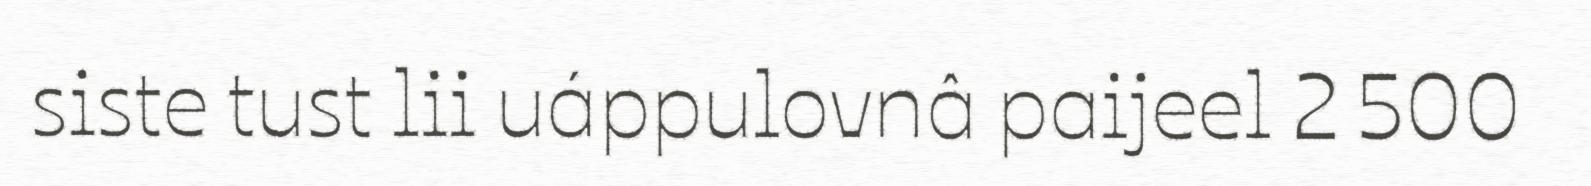
siste tust lii uáppulovnâ paijeel 2 500